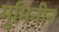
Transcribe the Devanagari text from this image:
मुमिनीन